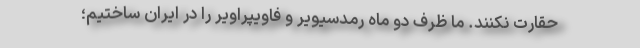
حقارت نکنند. ما ظرف دو ماه رمدسیویر و فاویپراویر را در ایران ساختیم؛